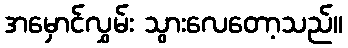
အမှောင်လွှမ်း သွားလေတော့သည်။